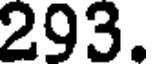
293.